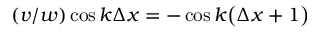
( v / w ) \cos { k \Delta x } = - \cos { k \big ( \Delta x + 1 \big ) }